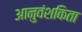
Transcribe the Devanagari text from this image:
आनुवंशकिता